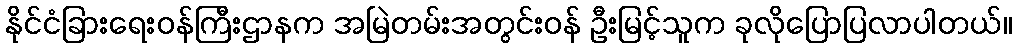
နိုင်ငံခြားရေးဝန်ကြီးဌာနက အမြဲတမ်းအတွင်းဝန် ဦးမြင့်သူက ခုလိုပြောပြလာပါတယ်။